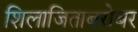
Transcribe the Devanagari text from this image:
शिलाजिताबरोबर